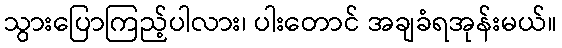
သွားပြောကြည့်ပါလား၊ ပါးတောင် အချခံရအုန်းမယ်။